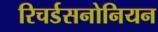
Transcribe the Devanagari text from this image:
रिचर्डसनोनियन